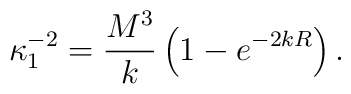
\kappa_{1}^{-2} = \frac{M^{3}}{k} \left( 1-e^{-2kR} \right).